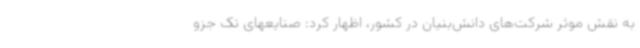
به نقش موثر شرکت‌های دانش‌بنیان در کشور، اظهار کرد: صنایعهای ‌تک جزو